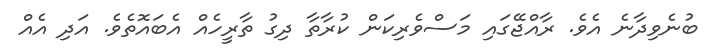
ބުނެވިދާނެ އެވެ. ރާއްޖޭގައި މަސްވެރިކަން ކުރާތާ ދިގު ތާރީހެއް އެބައޮތެވެ. އަދި އެއް